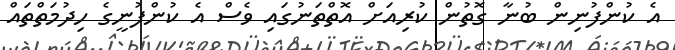
އެ ކުންފުނިން ބުނާ ގޮތުން ކުރިއަށް އޮތްތަނުގައި ވެސް އެ ކުންފުނީގެ ހިދުމަތްތައް